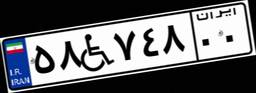
۲۵W۹۳۷۰۹